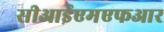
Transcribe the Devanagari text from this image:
सीआईएमएफआर